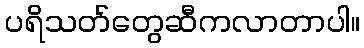
ပရိသတ်တွေဆီကလာတာပါ။